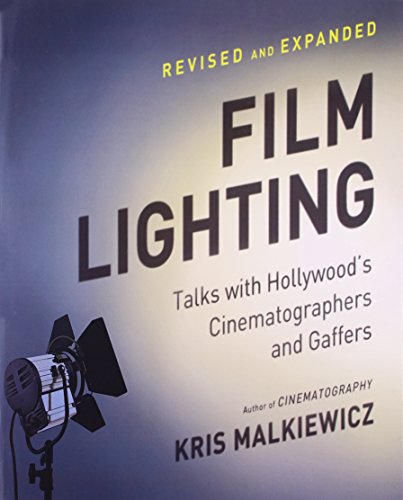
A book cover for Film Lighting: Talks with Hollywood's Cinematographers and Gaffers; Kris Malkiewicz; Humor & Entertainment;